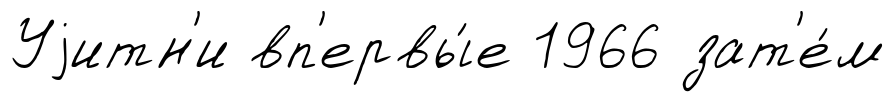
Уjитн'и вп'ервы́е 1966 зат'е́м